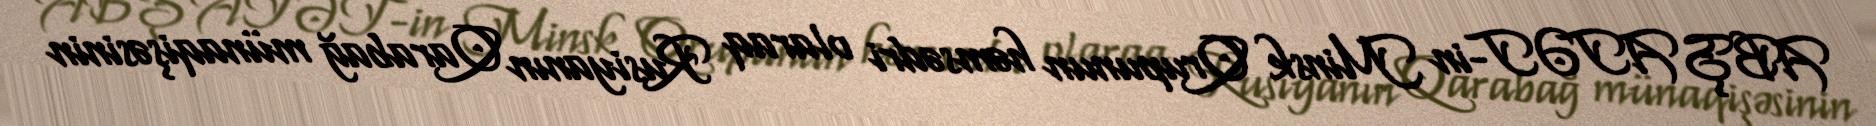
ABŞ ATƏT-in Minsk Qrupunun həmsədri olaraq Rusiyanın Qarabağ münaqişəsinin